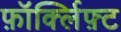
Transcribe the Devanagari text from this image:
फ़ॉर्क्लिफ़्ट